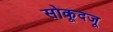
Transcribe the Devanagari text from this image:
सोकूदजू